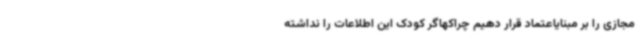
مجازی را بر مبنایاعتماد قرار دهیم چراکهاگر کودک این اطلاعات را نداشته